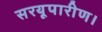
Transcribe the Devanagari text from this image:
सरयूपारीण।